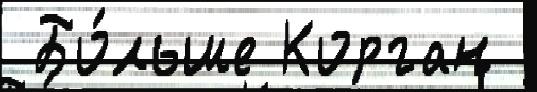
 Бо́льше Корган